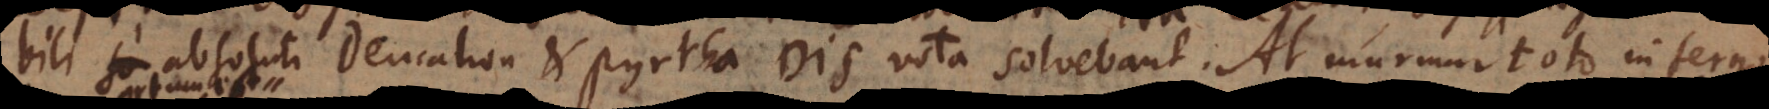
bili absoluti Deucalion et Pyrrha Dis vota solvebant. At murmur toto inferno